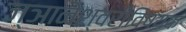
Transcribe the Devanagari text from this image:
ज्ञानेश्वरीविषयक